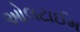
ઓલટાઈમ